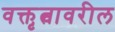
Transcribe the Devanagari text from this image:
वक्तृत्वावरील